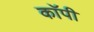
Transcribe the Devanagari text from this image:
काॅपी